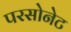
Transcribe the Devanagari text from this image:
परसोनेट